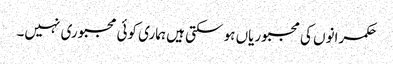
حکمرانوں کی مجبوریاں ہو سکتی ہیں ہماری کوئی مجبوری نہیں۔